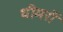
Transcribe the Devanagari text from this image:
धीमरों